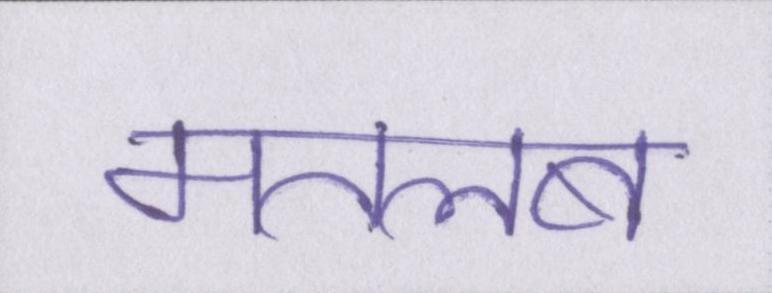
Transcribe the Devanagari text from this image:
मतलब